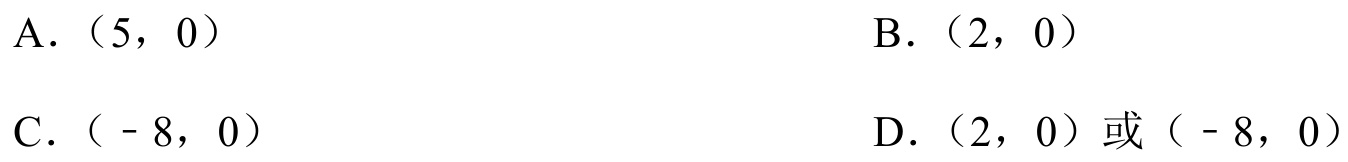
A. （\(5\)，\(0\)）
B. （\(2\)，\(0\)）
C. （\(-8\)，\(0\)）
D. （\(2\)，\(0\)）或（\(-8\)，\(0\)）